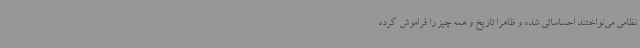
نظامی می‌نواختند احساساتی شده و ظاهرا تاریخ و همه چیز را فراموش کرده